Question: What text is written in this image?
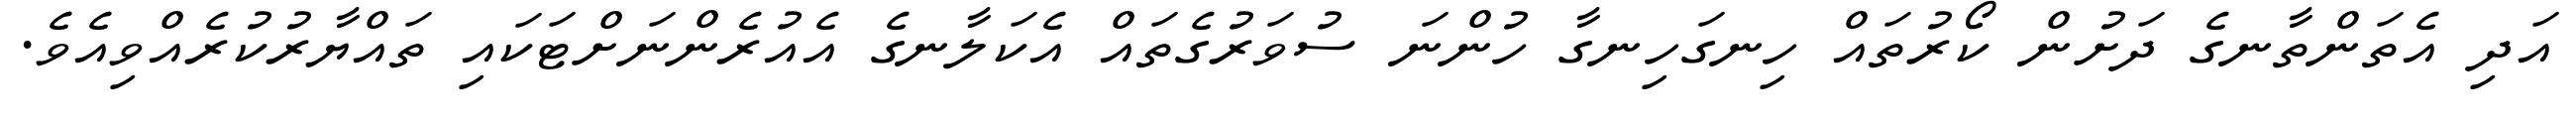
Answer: އަދި އެތަންތާނގެ ދަށުން ކޯރުތައް ހިނގަހިނގާ ހުންނަ ސުވަރުގެތައް އެކަލާނގެ އެއުރެންނަށްޓަކައި ތައްޔާރުކުރެއްވިއެވެ.